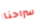
سراحنا